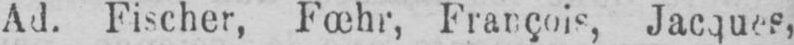
Ad. Fischer, Fœhr, François, Jacques,